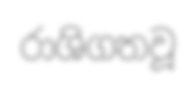
රාශිගතවූ